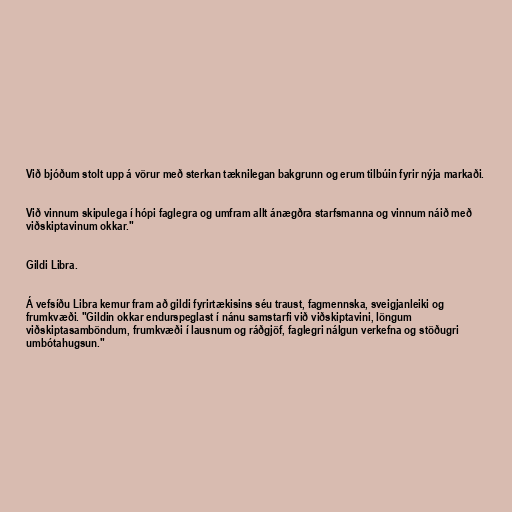
Við bjóðum stolt upp á vörur með sterkan tæknilegan bakgrunn og erum tilbúin fyrir nýja markaði.

Við vinnum skipulega í hópi faglegra og umfram allt ánægðra starfsmanna og vinnum náið með
viðskiptavinum okkar."

Gildi Libra.

Á vefsíðu Libra kemur fram að gildi fyrirtækisins séu traust, fagmennska, sveigjanleiki og
frumkvæði. "Gildin okkar endurspeglast í nánu samstarfi við viðskiptavini, löngum
viðskiptasamböndum, frumkvæði í lausnum og ráðgjöf, faglegri nálgun verkefna og stöðugri
umbótahugsun."